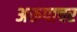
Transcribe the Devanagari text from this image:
अरूपाचर